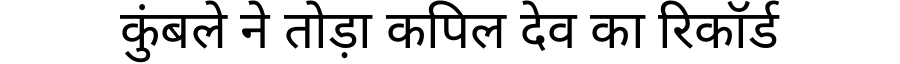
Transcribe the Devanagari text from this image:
कुंबले ने तोड़ा कपिल देव का रिकॉर्ड